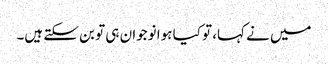
میں نے کہا، تو کیا ہوا نوجوان ہی تو بن سکتے ہیں۔